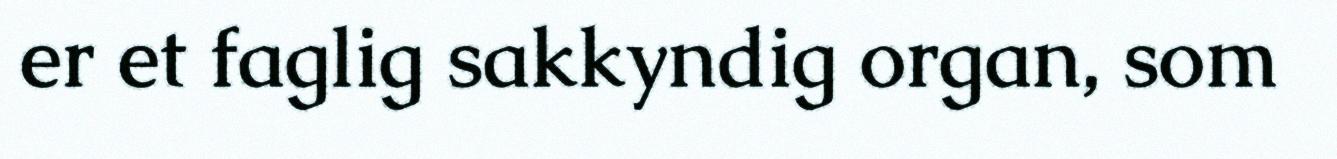
er et faglig sakkyndig organ, som